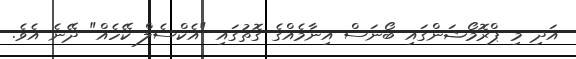
އަދި މި ޕްރޮމޯޝަންގައި ބޯނަސް އިނާމެއްގެ ގޮތުގައި "އެކްސެލް ކޭހެއް" ދޭނެ އެވެ.